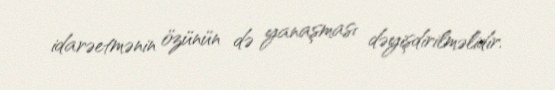
idarəetmənin özünün də yanaşması dəyişdirilməlidir.